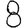
Digit: 8